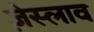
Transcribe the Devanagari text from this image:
ज़ेस्लाव